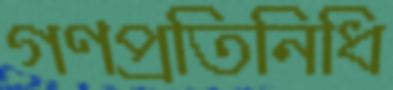
গণপ্রতিনিধি